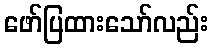
ဖော်ပြထားသော်လည်း